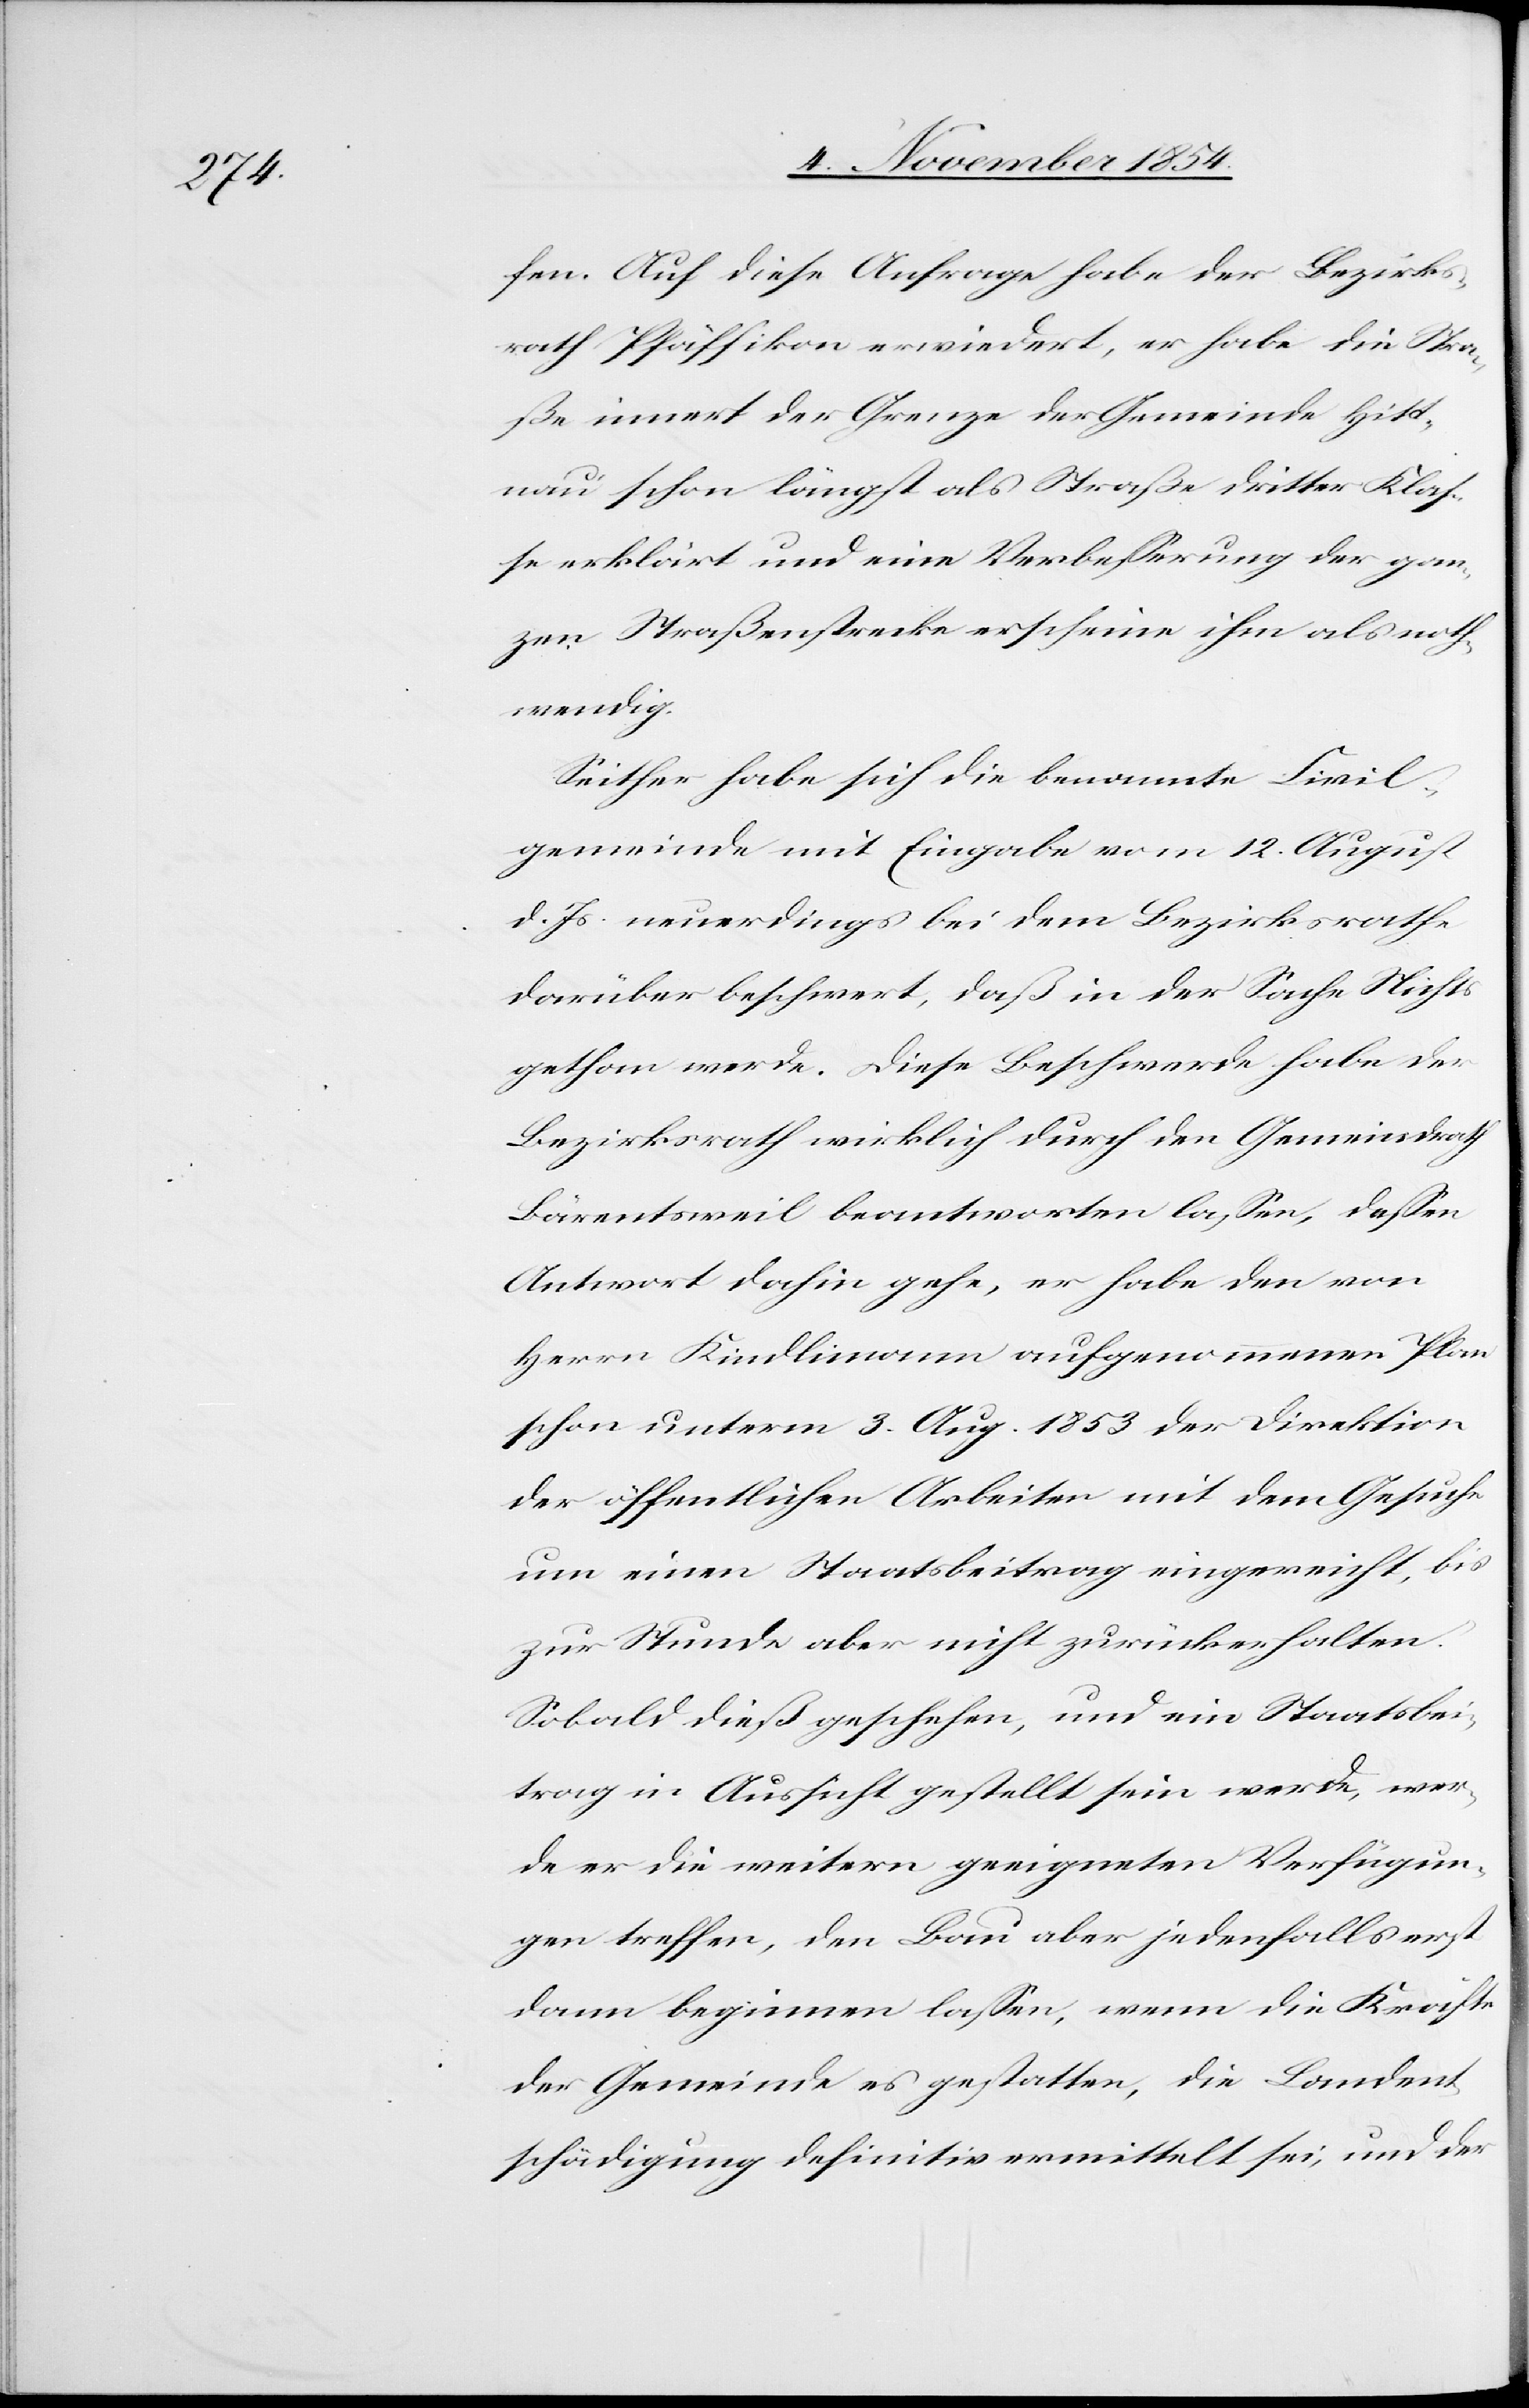
fen. Auf diese Anfrage habe der Bezirks¬
rath Pfäffikon erwiedert, er habe die Stra¬
ße innert der Grenze der Gemeinde Hitt¬
nau schon längst als Straße dritter Klaß¬
e erklärt und eine Verbeßerung der gan¬
zen Straßenstrecke erscheine ihm als noth¬
wendig.
Seither habe sich die benannte Civil¬
gemeinde mit Eingabe vom 12. August
d. Js. neuerdings bei dem Bezirksrathe
darüber beschwert, daß in der Sache Nichts
gethan werde. Diese Beschwerde habe der
Bezirksrath wirklich durch den Gemeindrath
Bärentsweil beantworten laßen, deßen
Antwort dahin gehe, er habe den von
Herrn Kindlimann aufgenommenen Plan
schon unterm 3. Aug. 1853 der Direktion
der öffentlichen Arbeiten mit dem Gesuche
um einen Staatsbeitrag eingereicht, bis
zur Stunde aber nicht zurückerhalten.
Sobald dieß geschehen, und ein Staatsbei¬
trag in Aussicht gestellt sein werde, wer¬
de er die weitern geeigneten Verfügun¬
gen treffen, den Bau aber jedenfalls erst
dann beginnen laßen, wenn die Kräfte
der Gemeinde es gestatten, die Landent¬
schädigung definitiv vermittelt sei, und der